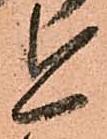
今